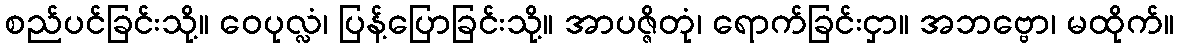
စည်ပင်ခြင်းသို့။ ဝေပုလ္လံ၊ ပြန့်ပြောခြင်းသို့။ အာပဇ္ဇိတုံ၊ ရောက်ခြင်းငှာ။ အဘဗ္ဗော၊ မထိုက်။